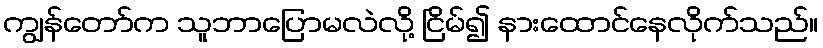
ကျွန်တော်က သူဘာပြောမလဲလို့ ငြိမ်၍ နားထောင်နေလိုက်သည်။